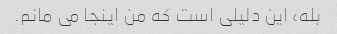
بله، این دلیلی است که من اینجا می مانم.